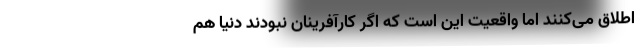
اطلاق می‌کنند اما واقعیت این است که اگر كارآفرينان نبودند دنيا هم